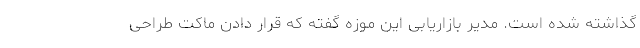
گذاشته شده است. مدیر بازاریابی این موزه گفته که قرار دادن ماکت طراحی